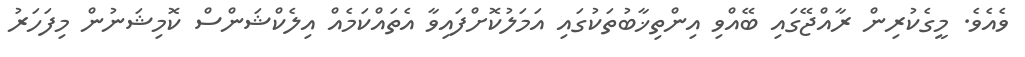
ވެއެވެ. މީގެކުރިން ރާއްޖޭގައި ބޭއްވި އިންތިޚާބުތަކުގައި އަމަލުކޮށްފައިވާ އެތައްކަމެއް އިލެކްޝަންސް ކޮމިޝަނުން މިފަހަރު